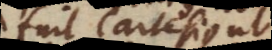
fuit Cartesius, ut